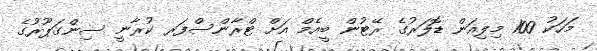
މަހަކު 100 މިލިއަން ޑޮލަރުގެ ރޭޓުން ބީއެމް އަށް ޓްރާންސްފަރ ކުރާނީ ސިންގަޕޫރުގެ